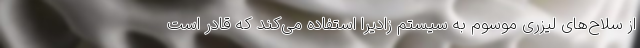
از سلاح‌های لیزری موسوم به سیستم زادیرا استفاده می‌کند که قادر است